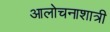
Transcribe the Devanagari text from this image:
आलोचनाशात्री